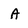
Character: A